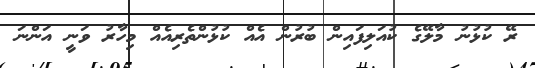
ރޭ ކުޅުނު މާލޭގެ ކުއަލިފައިން ބުރުން އެއް ކުޅުންތެރިއެއް މިހާރު ވަނީ އަންނަ